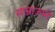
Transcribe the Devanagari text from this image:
साम्राज्यने